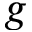
g